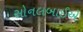
સોનલબાઈએ